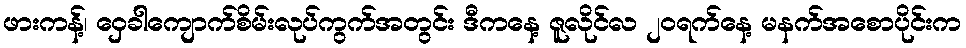
ဖားကန့်၊ ဝှေခါကျောက်စိမ်းလုပ်ကွက်အတွင်း ဒီကနေ့ ဇူလိုင်လ ၂၀ရက်နေ့ မနက်အစောပိုင်းက